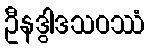
ဦနဒွါဒသဝဿံ